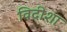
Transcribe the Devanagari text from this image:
विदीशा